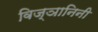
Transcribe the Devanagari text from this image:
विज्ञानिनी